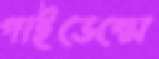
গাইডেন্সে